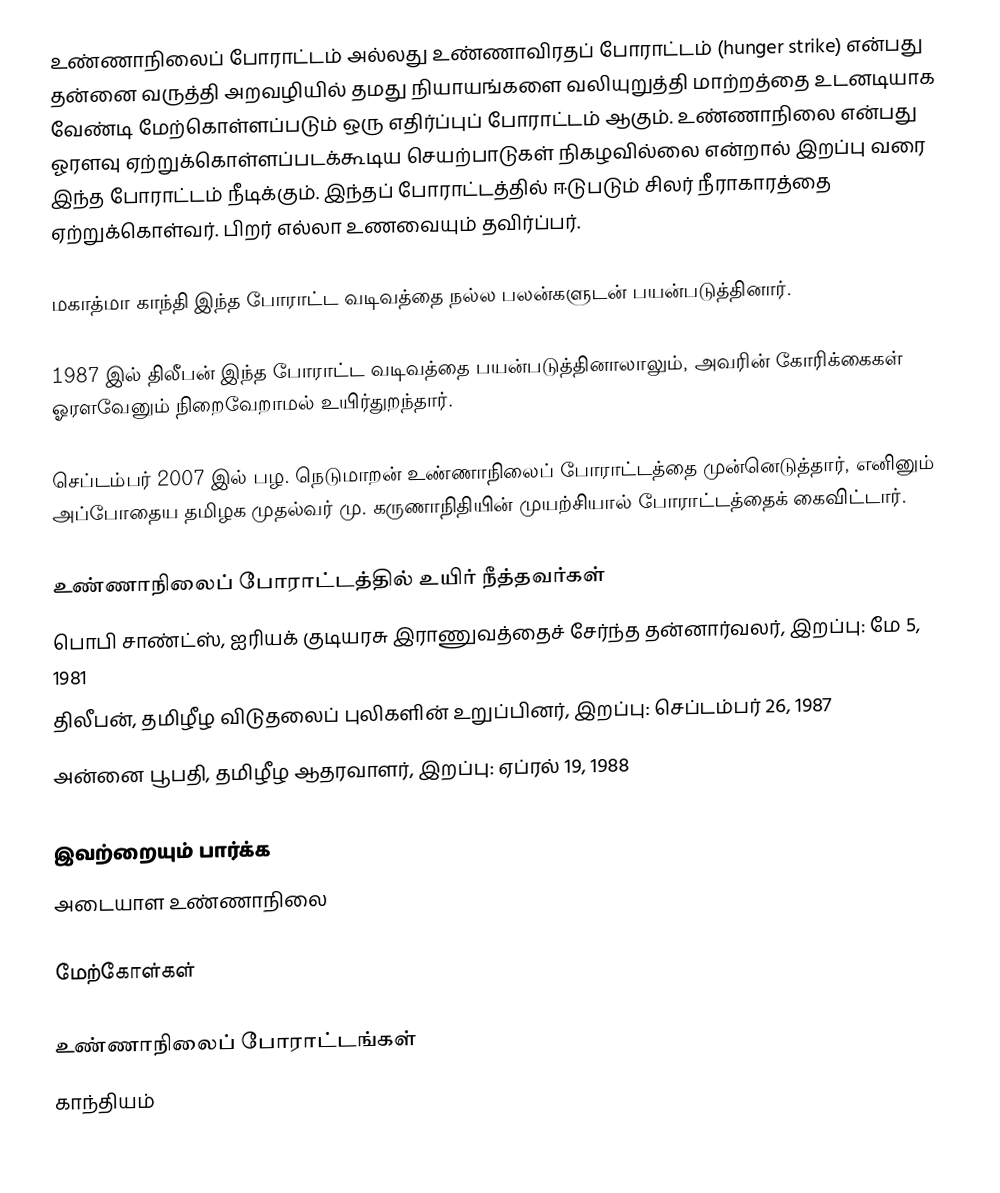
உண்ணாநிலைப் போராட்டம் அல்லது உண்ணாவிரதப் போராட்டம் (hunger strike) என்பது தன்னை வருத்தி அறவழியில் தமது நியாயங்களை வலியுறுத்தி மாற்றத்தை உடனடியாக வேண்டி மேற்கொள்ளப்படும் ஒரு எதிர்ப்புப் போராட்டம் ஆகும். உண்ணாநிலை என்பது ஓரளவு ஏற்றுக்கொள்ளப்படக்கூடிய செயற்பாடுகள் நிகழவில்லை என்றால் இறப்பு வரை இந்த போராட்டம் நீடிக்கும். இந்தப் போராட்டத்தில் ஈடுபடும் சிலர் நீராகாரத்தை ஏற்றுக்கொள்வர். பிறர் எல்லா உணவையும் தவிர்ப்பர்.

மகாத்மா காந்தி இந்த போராட்ட வடிவத்தை நல்ல பலன்களுடன் பயன்படுத்தினார்.

1987 இல் திலீபன் இந்த போராட்ட வடிவத்தை பயன்படுத்தினாலாலும், அவரின் கோரிக்கைகள் ஓரளவேனும் நிறைவேறாமல் உயிர்துறந்தார்.

செப்டம்பர் 2007 இல் பழ. நெடுமாறன் உண்ணாநிலைப் போராட்டத்தை முன்னெடுத்தார், எனினும் அப்போதைய தமிழக முதல்வர் மு. கருணாநிதியின் முயற்சியால் போராட்டத்தைக் கைவிட்டார்.

உண்ணாநிலைப் போராட்டத்தில் உயிர் நீத்தவர்கள்
 பொபி சாண்ட்ஸ், ஐரியக் குடியரசு இராணுவத்தைச் சேர்ந்த தன்னார்வலர், இறப்பு: மே 5, 1981
 திலீபன், தமிழீழ விடுதலைப் புலிகளின் உறுப்பினர், இறப்பு: செப்டம்பர் 26, 1987
 அன்னை பூபதி, தமிழீழ ஆதரவாளர், இறப்பு: ஏப்ரல் 19, 1988

இவற்றையும் பார்க்க
 அடையாள உண்ணாநிலை

மேற்கோள்கள்

உண்ணாநிலைப் போராட்டங்கள்
காந்தியம்